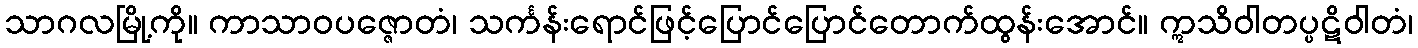
သာဂလမြို့ကို။ ကာသာဝပဇ္ဇောတံ၊ သင်္ကန်းရောင်ဖြင့်ပြောင်ပြောင်တောက်ထွန်းအောင်။ ဣသိဝါတပ္ပဋိဝါတံ၊